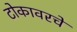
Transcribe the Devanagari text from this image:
टोकावरचे